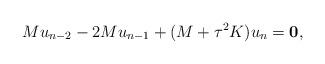
LaTeX: \begin{align*}Mu_{n-2}-2Mu_{n-1}+(M + \tau^2K)u_n = \mathbf{0},\end{align*}